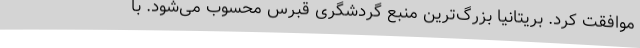
موافقت کرد. بریتانیا بزرگ‌ترین منبع گردشگری قبرس محسوب می‌شود. با